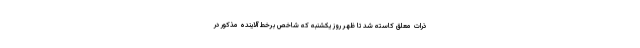
ذرات معلق کاسته شد تا ظهر روز یکشنبه که شاخص برخط آلاینده مذکور در